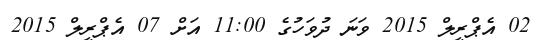
02 އެޕްރީލް 2015 ވަނަ ދުވަހުގެ 11:00 އަށް 07 އެޕްރީލް 2015